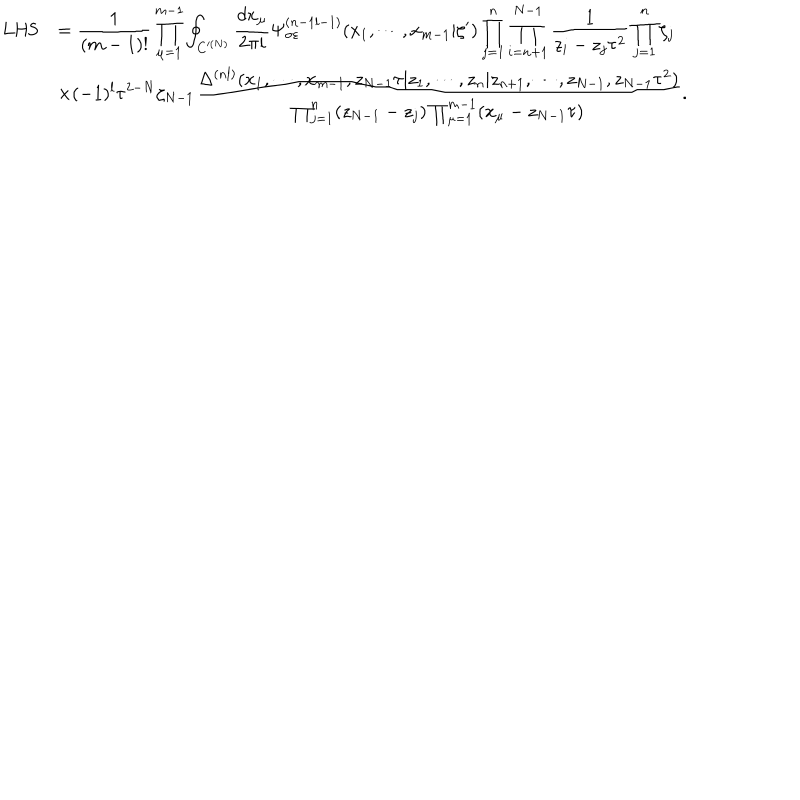
LaTeX: \begin{array} { c l } { { \mathrm { L H S } } } & { { \displaystyle = \frac { 1 } { ( m - 1 ) ! } \prod _ { \mu = 1 } ^ { m - 1 } \oint _ { C ^ { ( N ) } } { \frac { d x _ { \mu } } { 2 \pi i } } \Psi _ { \sigma \varepsilon } ^ { ( n - 1 l - 1 ) } ( x _ { 1 } , \cdots , x _ { m - 1 } | \zeta ^ { \prime } ) \prod _ { j = 1 } ^ { n } \prod _ { i = n + 1 } ^ { N - 1 } \frac { 1 } { z _ { i } - z _ { j } \tau ^ { 2 } } \prod _ { j = 1 } ^ { n } \zeta _ { j } } } \\ { { } } & { { \displaystyle \times ( - 1 ) ^ { l } \tau ^ { 2 - N } \zeta _ { N - 1 } \frac { \Delta ^ { ( n l ) } ( x _ { 1 } , \cdots , x _ { m - 1 } , z _ { N - 1 } \tau | z _ { 1 } , \cdots , z _ { n } | z _ { n + 1 } , \cdots , z _ { N - 1 } , z _ { N - 1 } \tau ^ { 2 } ) } { \prod _ { j = 1 } ^ { n } ( z _ { N - 1 } - z _ { j } ) \prod _ { \mu = 1 } ^ { m - 1 } ( x _ { \mu } - z _ { N - 1 } \tau ) } . } } \\ \end{array}